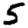
Digit: 5